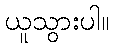
ယူသွားပါ။